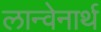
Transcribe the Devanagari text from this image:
लान्वेनार्थ